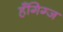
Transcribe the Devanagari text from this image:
हँगिग्ज